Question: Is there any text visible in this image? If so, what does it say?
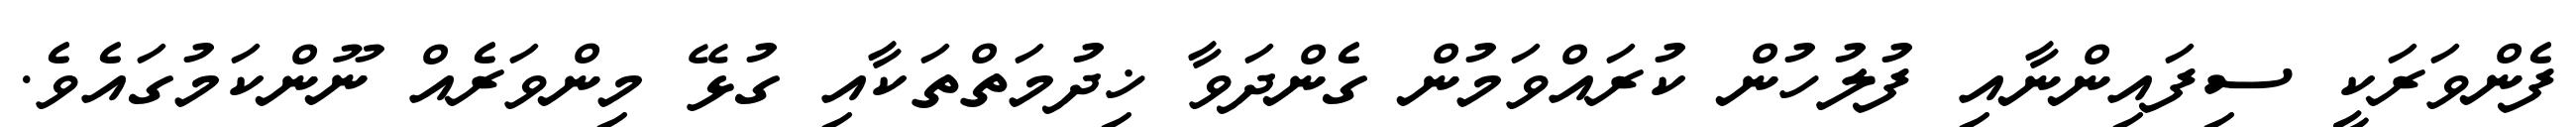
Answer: ފެންވަރަކީ ސިފައިންނާއި ފުލުހުން ކުރައްވަމުން ގެންދަވާ ޚިދުމަތްތަކާއި ގުޅޭ މިންވަރެއް ނޫންކަމުގައެވެ.